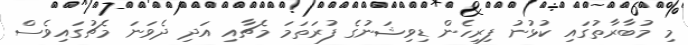
މި މުބާރާތުގައި ކުޅުނު ފިރިހެން ޑިވިޝަނުގެ ފުރަތަމަ މެޗާއި އަދި ދެވަނަ މެޗުގައިވެސް